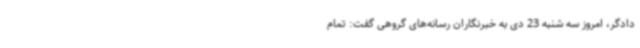
دادگر، امروز سه شنبه 23 دی به خبرنگاران رسانه‌های گروهی گفت: تمام